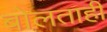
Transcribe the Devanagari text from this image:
बोलताही